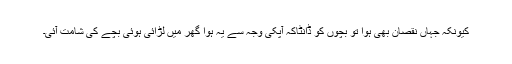
کیونکہ جہاں نقصان بھی ہوا تو بچوں کو ڈانٹاکہ آپکی وجہ سے یہ ہوا گھر میں لڑائی ہوئی بچے کی شامت آئی۔